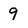
Character: 9